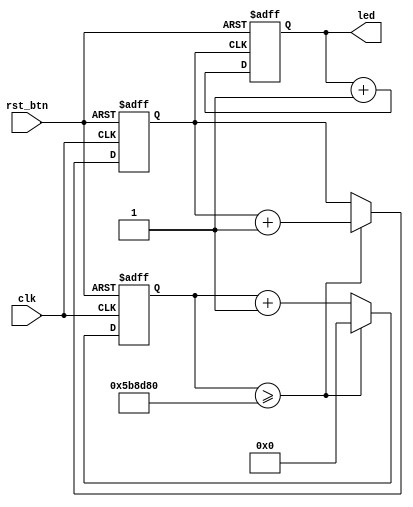
// Module: Count up on each button press and display on LEDs
module button_counter (

    // Oscillator
    input               clk,    // 12MHz oscillator

    // Inputs
    input               rst_btn,

    // Outputs
    output  reg [3:0]   led
);

    wire            rst;
    reg      [22:0] osc_counter;   // Counts oscillator
    reg      [0:0] slow_clk;      // 1Hz clock

    // Reset is the inverse of the reset button
    assign rst = ~rst_btn;

    // Divide oscillator signal to get 1Hz clock
    always @ (posedge clk or posedge rst) begin
        if (rst == 1'b1) begin
            slow_clk <= 1'b0;
            osc_counter <= 23'b0;
        end else begin
            if (osc_counter >= 23'd6000000) begin
                slow_clk <= slow_clk + 1'b1;
                osc_counter <= 23'b0;
            end else begin
                osc_counter <= osc_counter + 1'b1;
            end
        end
    end

    // Count up on clock rising edge or reset on button push
    always @ (posedge slow_clk or posedge rst) begin
        if (rst == 1'b1) begin
            led <= 4'b0;
        end else begin
            led <= led + 1'b1;
        end
    end

endmodule